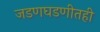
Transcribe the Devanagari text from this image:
जडणघडणीतही